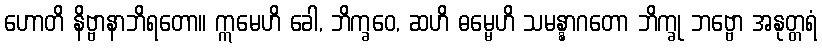
ဟောတိ နိဗ္ဗာနာဘိရတော။ ဣမေဟိ ခေါ, ဘိက္ခဝေ, ဆဟိ ဓမ္မေဟိ သမန္နာဂတော ဘိက္ခု ဘဗ္ဗော အနုတ္တရံ